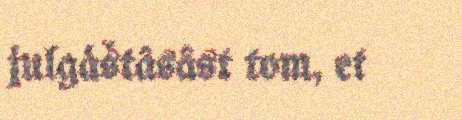
julgáštâsâst tom, et